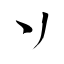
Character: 丷